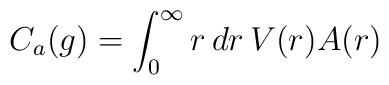
C_a(g)=\int_0^{\infty} r\,dr\,V(r)A(r)